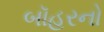
બૉહરનો